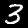
Digit: 3